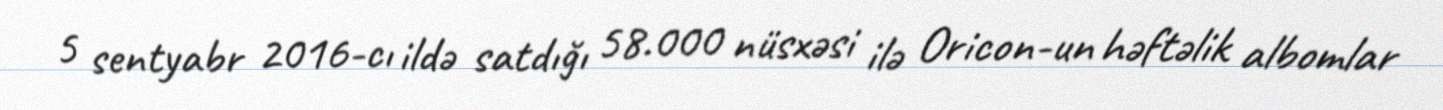
5 sentyabr 2016-cı ildə satdığı 58.000 nüsxəsi ilə Oricon-un həftəlik albomlar